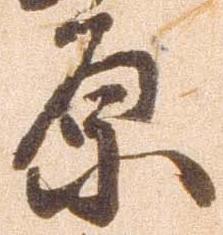
原